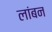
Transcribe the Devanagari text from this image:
लांबन